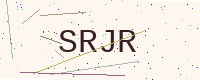
Text: SRJR